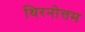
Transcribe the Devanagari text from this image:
थिरनोत्तम